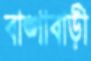
বাঙ্গাবাড়ী